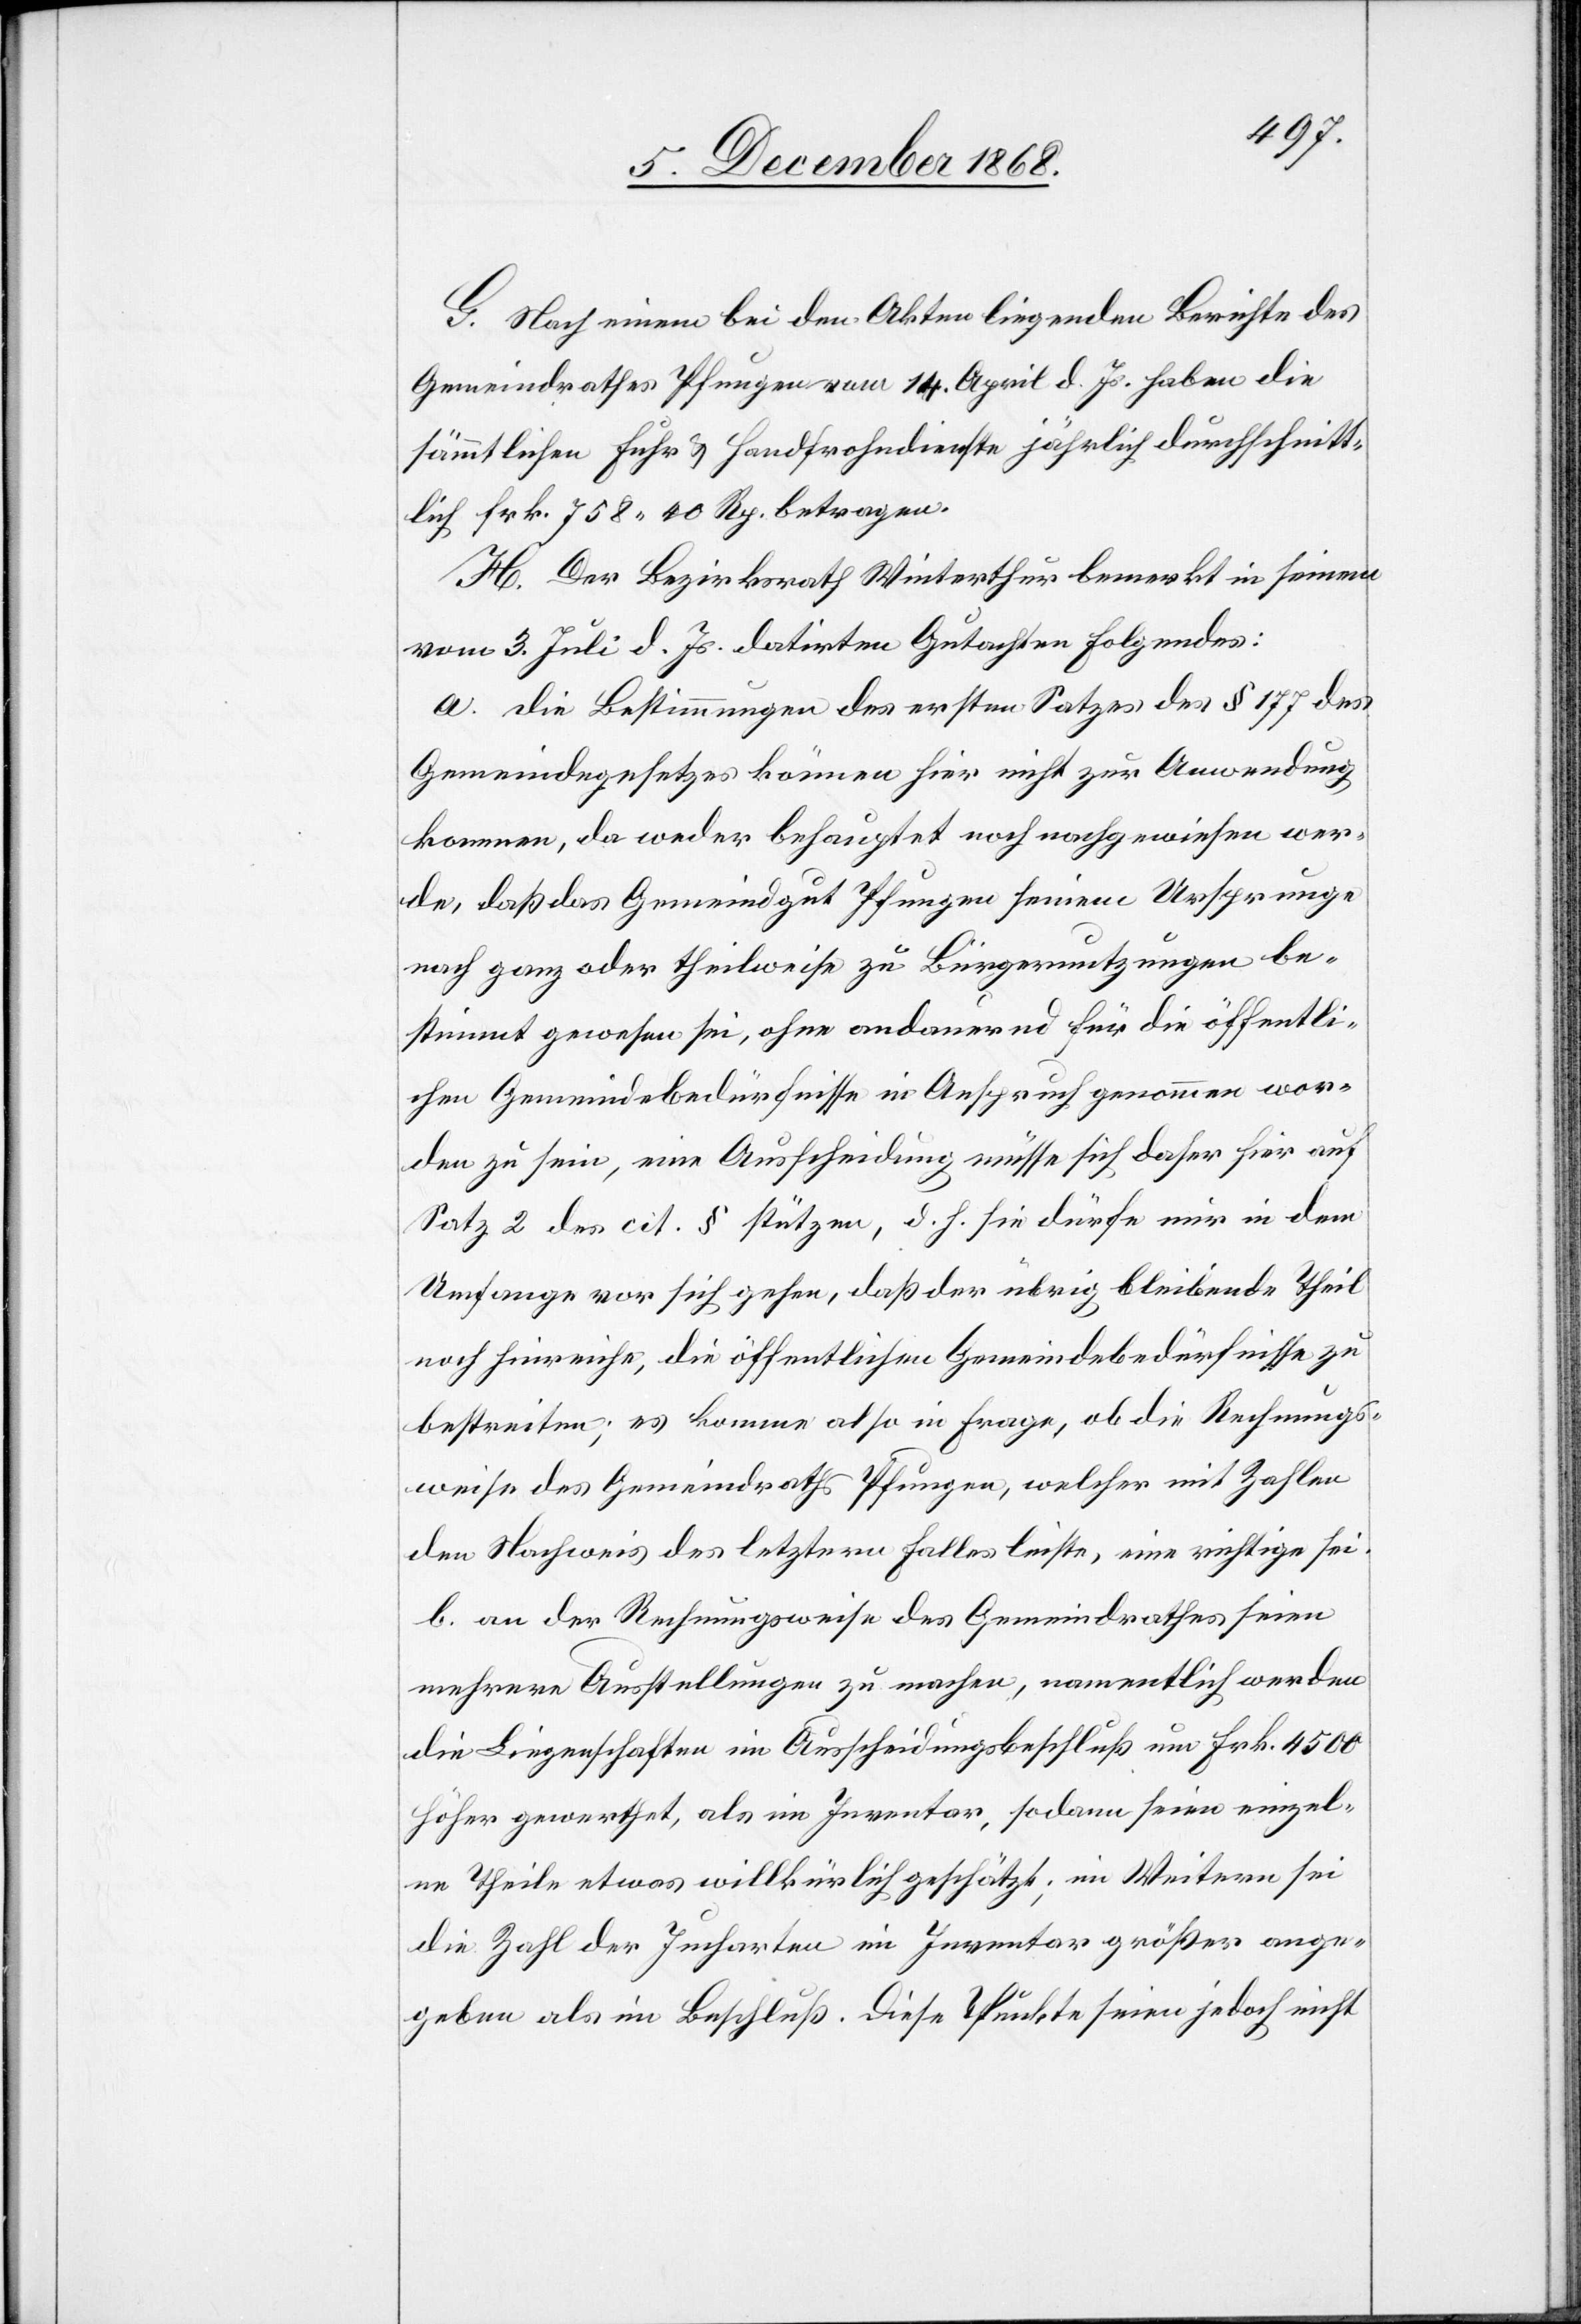
G. Nach einem bei den Akten liegenden Berichte des
Gemeindrathes Pfungen vom 14. April d. Js. haben die
sämmtlichen Fuhr[-] & Handfrohndienste jährlich durchschnitt¬
lich Frk. 758 40 Rp. betragen.
H. Der Bezirksrath Winterthur bemerkt in seinem
vom 3. Juli d. Js. datirten Gutachten Folgendes:
a. Die Bestimmungen des ersten Satzes des § 177 des
Gemeindegesetzes können hier nicht zur Anwendung
kommen, da weder behauptet noch nachgewiesen wer¬
de, daß das Gemeindgut Pfungen seinem Ursprunge
nach ganz oder theilweise zu Bürgernutzungen be¬
stimmt gewesen sei, ohne andauernd für die öffentli¬
chen Gemeindebedürfnisse in Anspruch genommen wor¬
den zu sein, eine Ausscheidung müsse sich daher hier auf
Satz 2 des cit. § stützen, d. h. sie dürfe nur in dem
Umfange vor sich gehen, daß der übrig bleibende Theil
noch hinreiche, die öffentlichen Gemeindebedürfnisse zu
bestreiten; es komme also in Frage, ob die Rechnungs¬
weise des Gemeindraths Pfungen, welcher mit Zahlen
den Nachweis des letztern Falles leiste, eine richtige sei.
b. an der Rechnungsweise des Gemeindrathes seien
mehrere Ausstellungen zu machen, namentlich werden
die Liegenschaften im Ausscheidungsbeschluß um Frk. 4500
höher gewerthet, als im Inventar, sodann seien einzel¬
ne Theile etwas willkürlich geschätzt; im Weitern sei
die Zahl der Jucharten im Inventar größer ange¬
geben als im Beschluß. Diese Punkte seien jedoch nicht